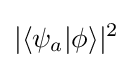
|\langle \psi _{a}|\phi \rangle |^{2}